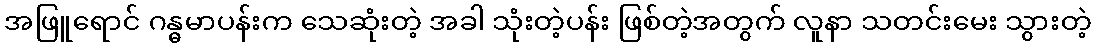
အဖြူရောင် ဂန္ဓမာပန်းက သေဆုံးတဲ့ အခါ သုံးတဲ့ပန်း ဖြစ်တဲ့အတွက် လူနာ သတင်းမေး သွားတဲ့